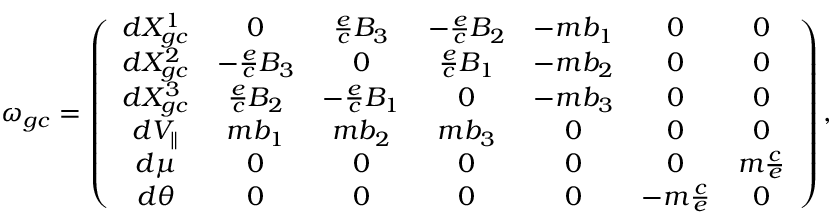
\omega _ { g c } = \left( \begin{array} { c c c c c c c } { d X _ { g c } ^ { 1 } } & { 0 } & { \frac { e } { c } B _ { 3 } } & { - \frac { e } { c } B _ { 2 } } & { - m b _ { 1 } } & { 0 } & { 0 } \\ { d X _ { g c } ^ { 2 } } & { - \frac { e } { c } B _ { 3 } } & { 0 } & { \frac { e } { c } B _ { 1 } } & { - m b _ { 2 } } & { 0 } & { 0 } \\ { d X _ { g c } ^ { 3 } } & { \frac { e } { c } B _ { 2 } } & { - \frac { e } { c } B _ { 1 } } & { 0 } & { - m b _ { 3 } } & { 0 } & { 0 } \\ { d V _ { \parallel } } & { m b _ { 1 } } & { m b _ { 2 } } & { m b _ { 3 } } & { 0 } & { 0 } & { 0 } \\ { d \mu } & { 0 } & { 0 } & { 0 } & { 0 } & { 0 } & { m \frac { c } { e } } \\ { d \theta } & { 0 } & { 0 } & { 0 } & { 0 } & { - m \frac { c } { e } } & { 0 } \end{array} \right) ,